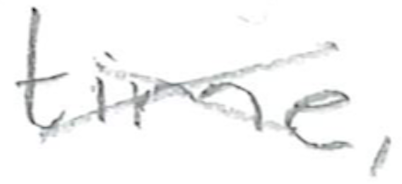
Text: time,
Cross-out: cross
Writing tool: pencil